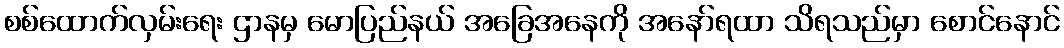
စစ်ထောက်လှမ်းရေး ဌာနမှ မောပြည်နယ် အခြေအနေကို အနော်ရထာ သိရသည်မှာ စောင်နောင်